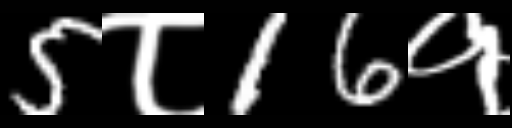
Text: 5८16१